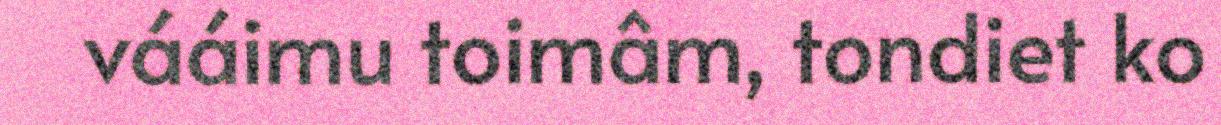
vááimu toimâm, tondiet ko